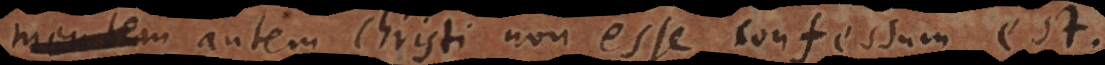
m autem Christi non esse confessum e